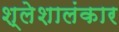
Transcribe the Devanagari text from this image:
श्लेशालंकार